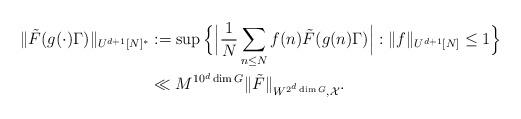
LaTeX: \begin{align*} \|\tilde F (g(\cdot)\Gamma)\|_{U^{d+1}[N]^*} &:= \sup \Big\{ \Big|\frac{1}{N} \sum_{n \leq N} f(n) \tilde F (g(n)\Gamma) \Big| : \|f\|_{U^{d+1}[N]}\leq 1 \Big\} \\ &\ll M^{10^d \dim G} \| \tilde F \|_{W^{2^d \dim G},\mathcal{X}}. \end{align*}